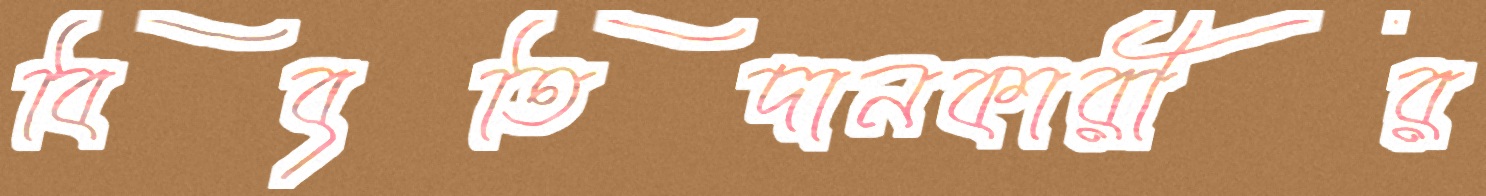
বিবৃতিদানকারীর